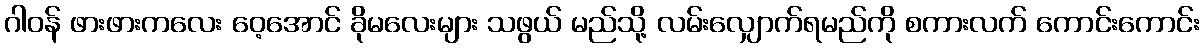
ဂါဝန် ဖားဖားကလေး ဝေ့အောင် ခိုမလေးများ သဖွယ် မည်သို့ လမ်းလျှောက်ရမည်ကို စကားလက် ကောင်းကောင်း